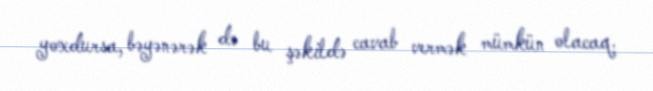
yoxdursa, bəyənərək də bu şəkildə cavab vermək mümkün olacaq.